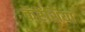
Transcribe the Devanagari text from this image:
कॅरेंशिया